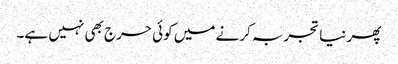
پھر نیا تجربہ کرنے میں کوئی حرج بھی نہیں ہے۔